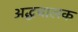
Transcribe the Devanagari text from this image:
अद्धचालक